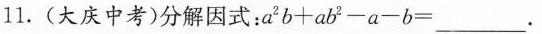
11.(大庆中考)分解因式；$$a ^ { 2 } b + a b ^ { 2 } - a - b =$$___。